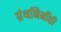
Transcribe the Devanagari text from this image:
ग्रंथनिर्मीती